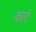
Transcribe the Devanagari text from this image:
कऐ